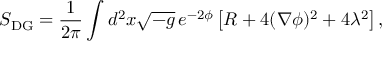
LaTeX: S _ { \mathrm { { D G } } } = \frac { 1 } { 2 \pi } \int \/ d ^ { 2 } x \sqrt { - g } \, e ^ { - 2 \phi } \left[ R + 4 ( \nabla \phi ) ^ { 2 } + 4 \lambda ^ { 2 } \right] ,